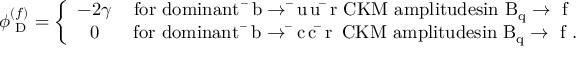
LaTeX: \phi _ { \mathrm { { \scriptsize ~ D } } } ^ { ( f ) } = \left\{ \begin{array} { c c } { { - 2 \gamma } } & { { \mathrm { f o r ~ d o m i n a n t ~ \bar { ~ } b \to \bar { ~ } u \, u \, \bar { ~ } r ~ C K M ~ a m p l i t u d e s i n ~ B _ { q } \to ~ f ~ } } } \\ { { 0 } } & { { \, \mathrm { f o r ~ d o m i n a n t ~ \bar { ~ } b \to \bar { ~ } c \, c \, \bar { ~ } r \, ~ C K M ~ a m p l i t u d e s i n ~ B _ { q } \to ~ f ~ . } } } \end{array} \right.